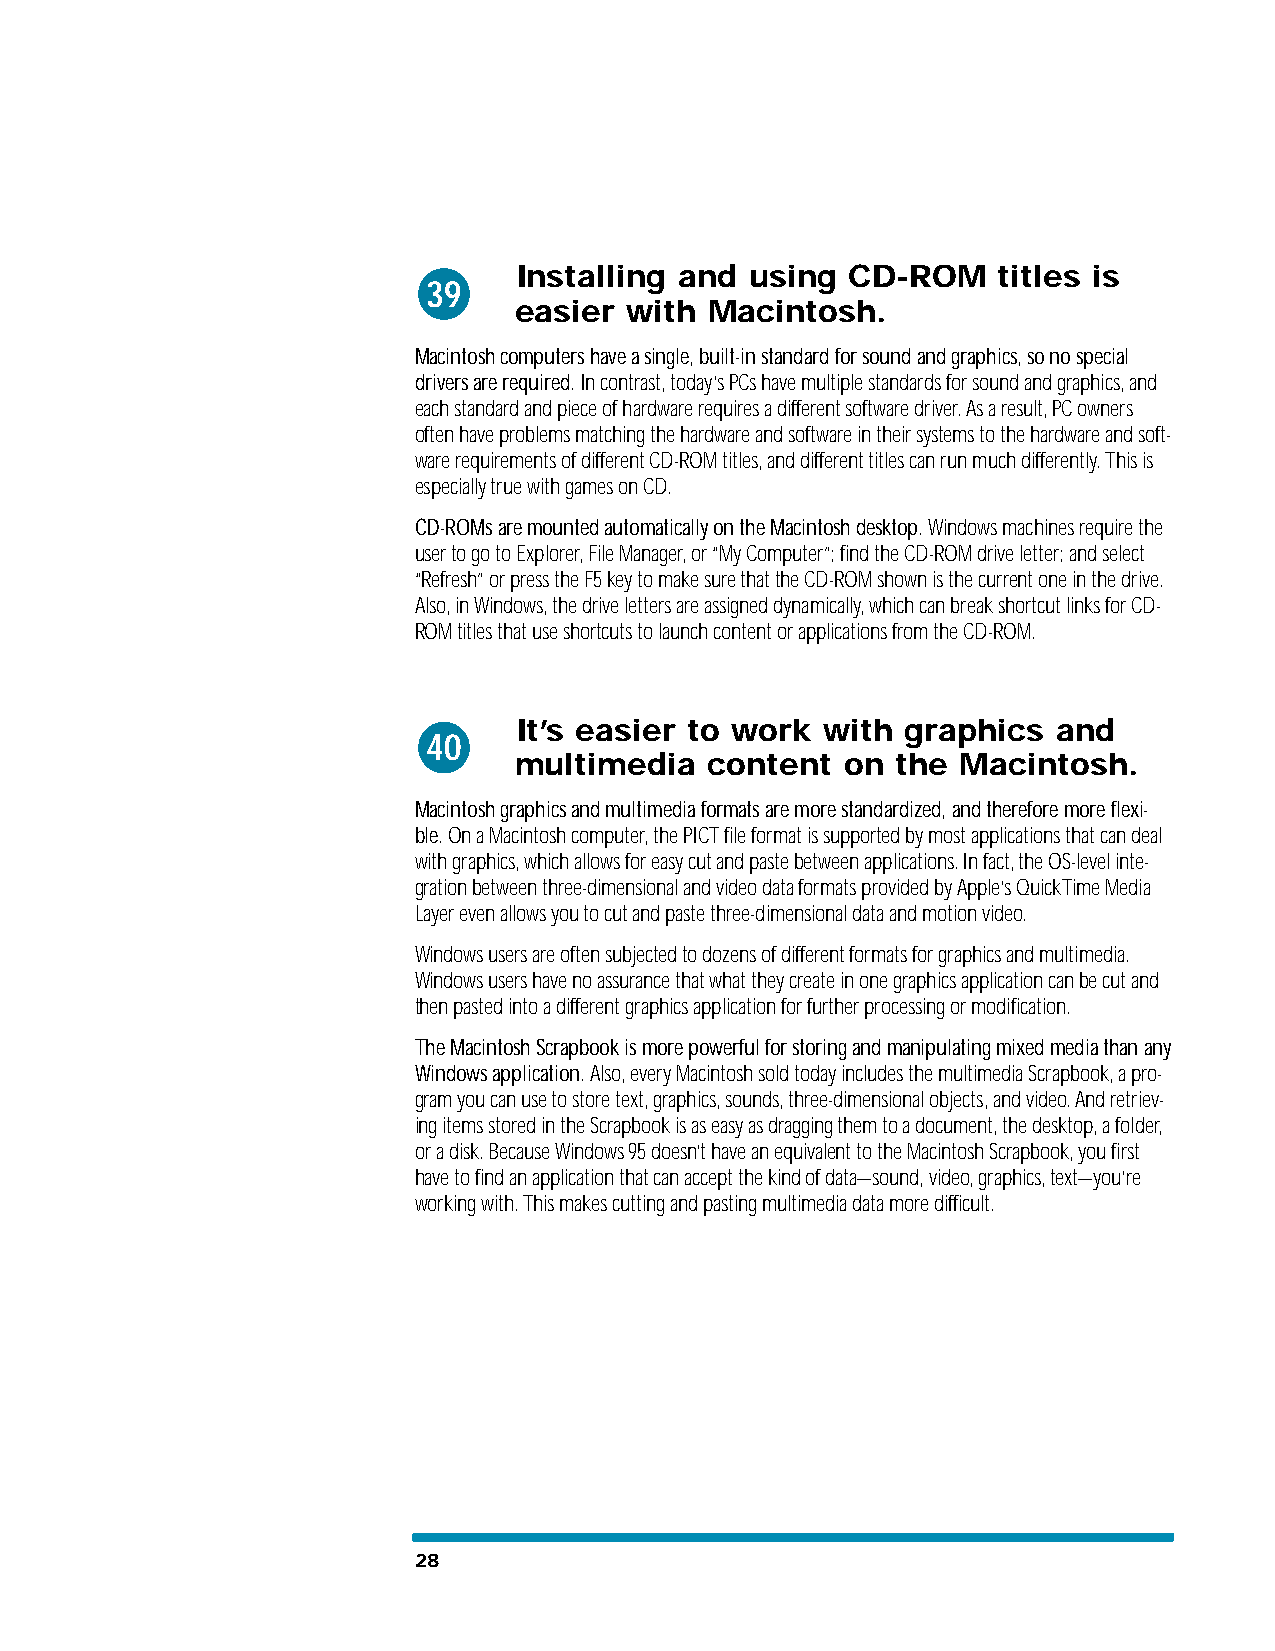
Installing and  using CD-ROM    titles is
 39
 easier with  Macintosh.
 Macintosh computers have a single, built-in standard for sound and graphics, so no special
 drivers are required. In contrast, today’s PCs have multiple standards for sound and graphics, and
 each standard and piece of hardware requires a different software driver. As a result, PC owners
 often have problems matching the hardware and software in their systems to the hardware and soft-
 ware requirements of different CD-ROM titles, and different titles can run much differently. This is
 especially true with games on CD.
 CD-ROMs are mounted automatically on the Macintosh desktop. Windows machines require the
 user to go to Explorer, File Manager, or “My Computer”; find the CD-ROM drive letter; and select
 “Refresh” or press the F5 key to make sure that the CD-ROM shown is the current one in the drive.
 Also, in Windows, the drive letters are assigned dynamically, which can break shortcut links for CD-
 ROM titles that use shortcuts to launch content or applications from the CD-ROM.
 It’s easier to work with  graphics  and
 40
 multimedia   content  on the  Macintosh.
 Macintosh graphics and multimedia formats are more standardized, and therefore more flexi-
 ble. On a Macintosh computer, the PICT file format is supported by most applications that can deal
 with graphics, which allows for easy cut and paste between applications. In fact, the OS-level inte-
 gration between three-dimensional and video data formats provided by Apple’s QuickTime Media
 Layer even allows you to cut and paste three-dimensional data and motion video.
 Windows users are often subjected to dozens of different formats for graphics and multimedia.
 Windows users have no assurance that what they create in one graphics application can be cut and
 then pasted into a different graphics application for further processing or modification.
 The Macintosh Scrapbook is more powerful for storing and manipulating mixed media than any
 Windows application. Also, every Macintosh sold today includes the multimedia Scrapbook, a pro-
 gram you can use to store text, graphics, sounds, three-dimensional objects, and video. And retriev-
 ing items stored in the Scrapbook is as easy as dragging them to a document, the desktop, a folder,
 or a disk. Because Windows 95 doesn’t have an equivalent to the Macintosh Scrapbook, you first
 have to find an application that can accept the kind of data—sound, video, graphics, text—you’re
 working with. This makes cutting and pasting multimedia data more difficult.
 28